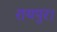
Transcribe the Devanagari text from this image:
रायपुर।